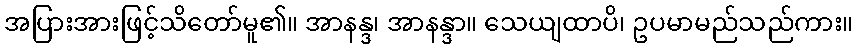
အပြားအားဖြင့်သိတော်မူ၏။ အာနန္ဒ၊ အာနန္ဒာ။ သေယျထာပိ၊ ဥပမာမည်သည်ကား။